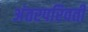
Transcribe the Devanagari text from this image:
अंतरपरिवर्ती